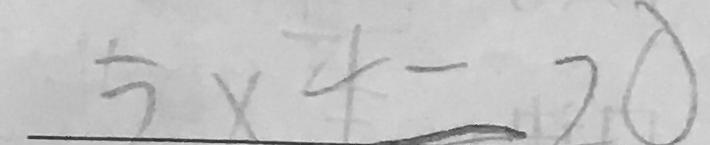
5 \times 4 = 2 0